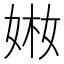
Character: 𡝋